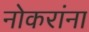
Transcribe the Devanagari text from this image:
नोकरांना